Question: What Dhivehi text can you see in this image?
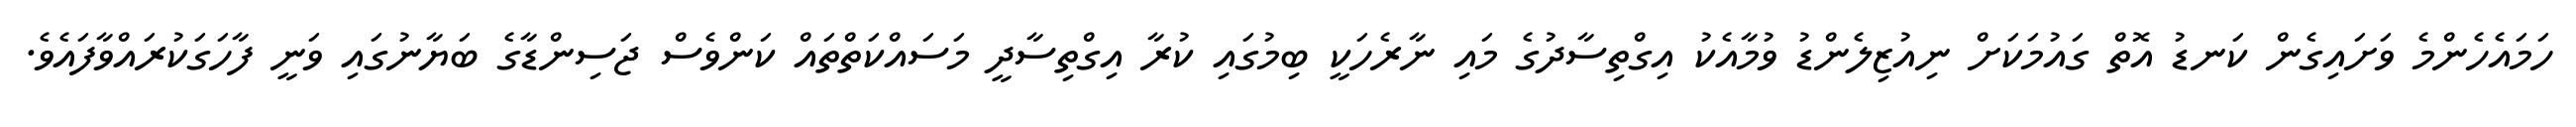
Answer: ހަމައެހެންމެ ވަށައިގެން ކަނޑު އޮތް ގައުމަކަށް ނިއުޒިލެންޑު ވުމާއެކު އިގްތިސާދުގެ މައި ނާރެހަކީ ބިމުގައި ކުރާ އިގްތިސާދީ މަސައްކަތްތައް ކަންވެސް ޖަސިންޑާގެ ބަޔާނުގައި ވަނީ ފާހަގަކުރައްވާފައެވެ.